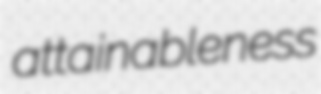
attainableness